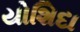
યોશિદા